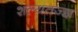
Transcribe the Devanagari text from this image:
शल्यतज्‍ज्ञ